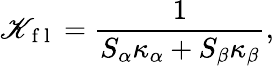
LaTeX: \mathscr{K}_{\mathrm{{~f~l~}}}=\frac{{1}}{{S_{\alpha}\kappa_{\alpha}+S_{\beta}\kappa_{\beta}}},